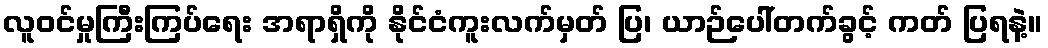
လူဝင်မှုကြီးကြပ်ရေး အရာရှိကို နိုင်ငံကူးလက်မှတ် ပြ၊ ယာဉ်ပေါ်တက်ခွင့် ကတ် ပြရနဲ့။